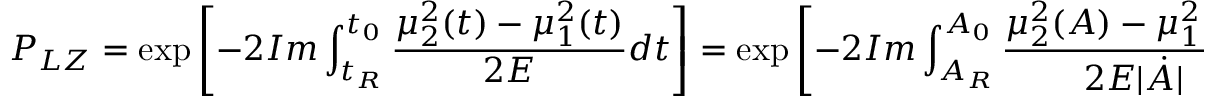
{ P _ { L Z } } = \exp \left[ - 2 { \cal I } m \int _ { t _ { R } } ^ { t _ { 0 } } \frac { { \mu _ { 2 } ^ { 2 } ( t ) } - { \mu _ { 1 } ^ { 2 } ( t ) } } { 2 E } d t \right] = \exp \left[ - 2 { \cal I } m \int _ { A _ { R } } ^ { A _ { 0 } } \frac { { \mu _ { 2 } ^ { 2 } ( A ) } - { \mu _ { 1 } ^ { 2 } ( A ) } } { 2 E | { \dot { A } } | } d A \right] \; ,